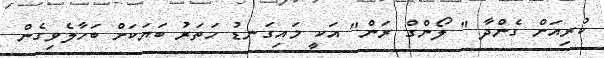
ކުރިއަށް ގެންދާ " ލޯންގް ރަން" އަކީ މައިގަނޑު ހަތަރު ބަޔަކަށް ބަހާލެވިގެން